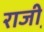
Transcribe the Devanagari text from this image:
राजी़